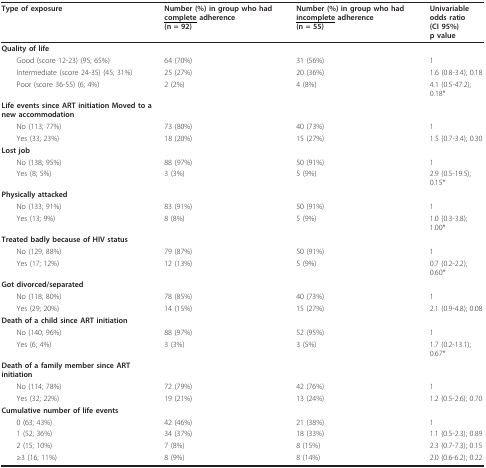
<table><thead><tr><td><b>Type of exposure</b></td><td><b>Number (%) in group who had <underline>complete</underline> adherence(n = 92)</b></td><td><b>Number (%) in group who had <underline>incomplete</underline> adherence(n = 55)</b></td><td><b>Univariable odds ratio(CI 95%)p value</b></td></tr></thead><tbody><tr><td><b>Quality of life</b></td><td></td><td></td><td></td></tr><tr><td> Good (score 12-23) (95; 65%)</td><td>64 (70%)</td><td>31 (56%)</td><td>1</td></tr><tr><td> Intermediate (score 24-35) (45; 31%)</td><td>25 (27%)</td><td>20 (36%)</td><td>1.6 (0.8-3.4); 0.18</td></tr><tr><td> Poor (score 36-55) (6; 4%)</td><td>2 (2%)</td><td>4 (8%)</td><td>4.1 (0.5-47.2); 0.18*</td></tr><tr><td><b>Life events since ART initiation Moved to a new accommodation</b></td><td></td><td></td><td></td></tr><tr><td> No (113; 77%)</td><td>73 (80%)</td><td>40 (73%)</td><td>1</td></tr><tr><td> Yes (33; 23%)</td><td>18 (20%)</td><td>15 (27%)</td><td>1.5 (0.7-3.4); 0.30</td></tr><tr><td><b>Lost job</b></td><td></td><td></td><td></td></tr><tr><td> No (138; 95%)</td><td>88 (97%)</td><td>50 (91%)</td><td>1</td></tr><tr><td> Yes (8; 5%)</td><td>3 (3%)</td><td>5 (9%)</td><td>2.9 (0.5-19.5); 0.15*</td></tr><tr><td><b>Physically attacked</b></td><td></td><td></td><td></td></tr><tr><td> No (133; 91%)</td><td>83 (91%)</td><td>50 (91%)</td><td>1</td></tr><tr><td> Yes (13; 9%)</td><td>8 (8%)</td><td>5 (9%)</td><td>1.0 (0.3-3.8); 1.00*</td></tr><tr><td><b>Treated badly because of HIV status</b></td><td></td><td></td><td></td></tr><tr><td> No (129; 88%)</td><td>79 (87%)</td><td>50 (91%)</td><td>1</td></tr><tr><td> Yes (17; 12%)</td><td>12 (13%)</td><td>5 (9%)</td><td>0.7 (0.2-2.2); 0.60*</td></tr><tr><td><b>Got divorced/separated</b></td><td></td><td></td><td></td></tr><tr><td> No (118; 80%)</td><td>78 (85%)</td><td>40 (73%)</td><td>1</td></tr><tr><td> Yes (29; 20%)</td><td>14 (15%)</td><td>15 (27%)</td><td>2.1 (0.9-4.8); 0.08</td></tr><tr><td><b>Death of a child since ART initiation</b></td><td></td><td></td><td></td></tr><tr><td> No (140; 96%)</td><td>88 (97%)</td><td>52 (95%)</td><td>1</td></tr><tr><td> Yes (6; 4%)</td><td>3 (3%)</td><td>3 (5%)</td><td>1.7 (0.2-13.1); 0.67*</td></tr><tr><td><b>Death of a family member since ART initiation</b></td><td></td><td></td><td></td></tr><tr><td> No (114; 78%)</td><td>72 (79%)</td><td>42 (76%)</td><td>1</td></tr><tr><td> Yes (32; 22%)</td><td>19 (21%)</td><td>13 (24%)</td><td>1.2 (0.5-2.6); 0.70</td></tr><tr><td><b>Cumulative number of life events</b></td><td></td><td></td><td></td></tr><tr><td> 0 (63; 43%)</td><td>42 (46%)</td><td>21 (38%)</td><td>1</td></tr><tr><td> 1 (52; 36%)</td><td>34 (37%)</td><td>18 (33%)</td><td>1.1 (0.5-2.3); 0.89</td></tr><tr><td> 2 (15; 10%)</td><td>7 (8%)</td><td>8 (15%)</td><td>2.3 (0.7-7.3); 0.15</td></tr><tr><td> ≥3 (16; 11%)</td><td>8 (9%)</td><td>8 (14%)</td><td>2.0 (0.6-6.2); 0.22</td></tr></tbody></table>